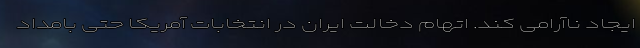
ایجاد ناآرامی کند. اتهام دخالت ایران در انتخابات آمریکا حتی بامداد